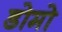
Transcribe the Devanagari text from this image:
डोमो